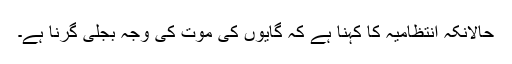
حالانکہ انتظامیہ کا کہنا ہے کہ گایوں کی موت کی وجہ بجلی گرنا ہے۔